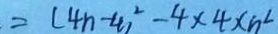
= ( 4 n - 4 ) ^ { 2 } - 4 \times 4 \times n ^ { 2 }